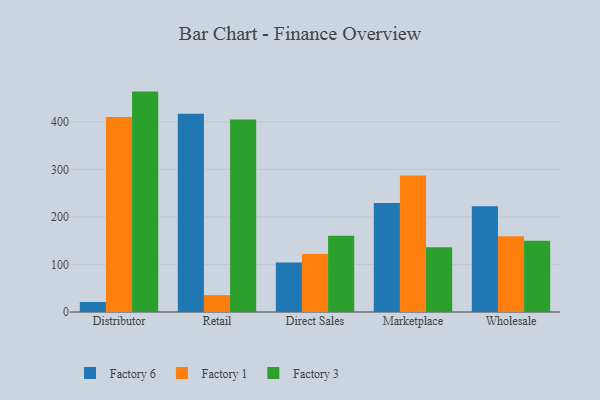
{"axis": {"x": "Channel", "y": "Production Output"}, "legend": ["Factory 1", "Factory 3", "Factory 6"], "data": [{"x": "Distributor", "y": 21.0, "type": "Factory 6"}, {"x": "Distributor", "y": 410.0, "type": "Factory 1"}, {"x": "Distributor", "y": 463.6, "type": "Factory 3"}, {"x": "Retail", "y": 417.0, "type": "Factory 6"}, {"x": "Retail", "y": 35.6, "type": "Factory 1"}, {"x": "Retail", "y": 404.8, "type": "Factory 3"}, {"x": "Direct Sales", "y": 103.9, "type": "Factory 6"}, {"x": "Direct Sales", "y": 122.1, "type": "Factory 1"}, {"x": "Direct Sales", "y": 160.4, "type": "Factory 3"}, {"x": "Marketplace", "y": 229.3, "type": "Factory 6"}, {"x": "Marketplace", "y": 287.0, "type": "Factory 1"}, {"x": "Marketplace", "y": 136.1, "type": "Factory 3"}, {"x": "Wholesale", "y": 222.4, "type": "Factory 6"}, {"x": "Wholesale", "y": 159.1, "type": "Factory 1"}, {"x": "Wholesale", "y": 150.0, "type": "Factory 3"}]}